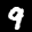
Label: 9